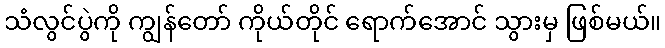
သံလွင်ပွဲကို ကျွန်တော် ကိုယ်တိုင် ရောက်အောင် သွားမှ ဖြစ်မယ်။